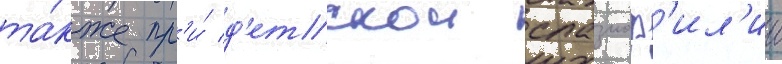
та́кже пр'и́ д'етскои спазмоф'ил'ии